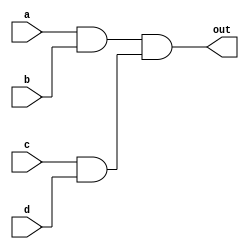

//Lumped Delay Model
module M (out, a, b, c, d);
output out;
input a, b, c, d;

wire e, f;

and a1(e, a, b);
and a2(f, c, d);
and #11 a3(out, e, f);//delay only on the output gate
endmodule